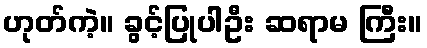
ဟုတ်ကဲ့။ ခွင့်ပြုပါဦး ဆရာမ ကြီး။